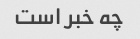
چه خبر است